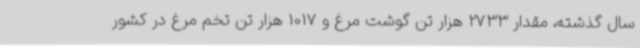
سال گذشته، مقدار 2733 هزار تن گوشت مرغ و 1017 هزار تن تخم مرغ در کشور